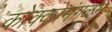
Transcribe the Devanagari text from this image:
कोक्कोमंगळम